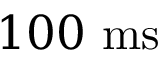
1 0 0 ~ \mathrm { { m s } }